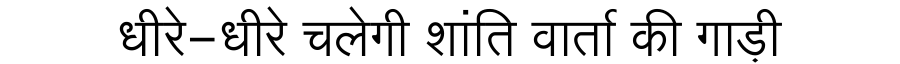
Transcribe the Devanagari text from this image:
धीरे-धीरे चलेगी शांति वार्ता की गाड़ी